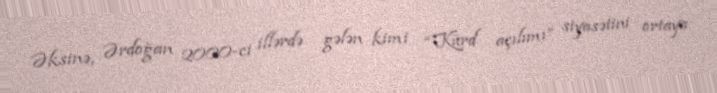
Əksinə, Ərdoğan 2000-ci illərdə gələn kimi “Kürd açılımı” siyasətini ortaya